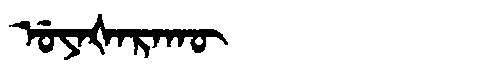
Manchu: ᡠᠶᠠᡧᠠᡵᠠᡴᡡ
Romanization: UYAŠARAKŪ